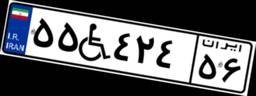
۵۵W۴۲۴۵۶